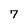
Character: 7